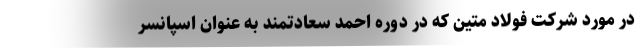
در مورد شرکت فولاد متین که در دوره احمد سعادتمند به عنوان اسپانسر